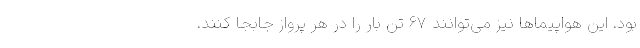
بود. این هواپیماها نیز می‌توانند 67 تن بار را در هر پرواز جابجا کنند.